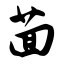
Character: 茴